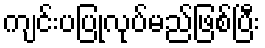
ကျင်းပပြုလုပ်မည်ဖြစ်ပြီး